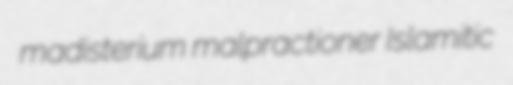
madisterium malpractioner Islamitic